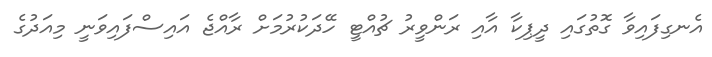
އެނގިފައިވާ ގޮތުގައި ދީޕިކާ އާއި ރަންވީރު ޗުއްޓީ ހޭދަކުރުމަށް ރާއްޖެ އައިސްފައިވަނީ މިއަދުގެ